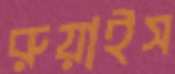
রুয়াইস